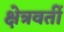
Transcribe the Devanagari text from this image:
क्षेत्रवर्ती